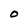
Character: 0